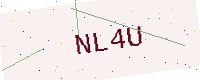
Text: NL4U